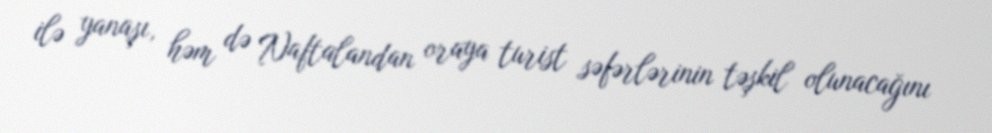
ilə yanaşı, həm də Naftalandan oraya turist səfərlərinin təşkil olunacağını